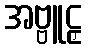
အဗ္ဗူဠှ